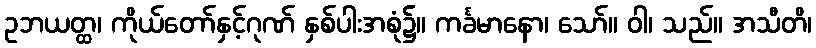
ဥဘယတ္ထ၊ ကိုယ်တော်နှင့်ဂုဏ် နှစ်ပါးအစုံ၌။ ကင်္ခမာနော၊ သော်။ ဝါ၊ သည်။ အသီတိ၊